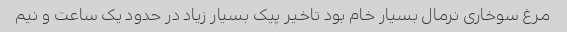
مرغ سوخاری نرمال بسیار خام بود تاخیر پیک بسیار زیاد در حدود یک ساعت و نیم